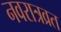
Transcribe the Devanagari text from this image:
नवरात्रव्रत